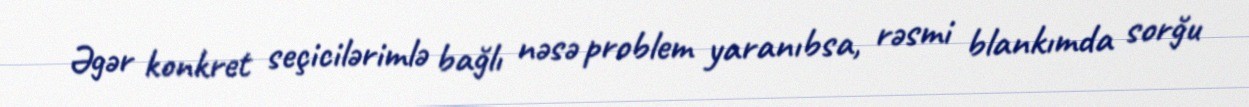
Əgər konkret seçicilərimlə bağlı nəsə problem yaranıbsa, rəsmi blankımda sorğu